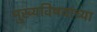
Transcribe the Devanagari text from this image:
मुख्यविषयांच्या